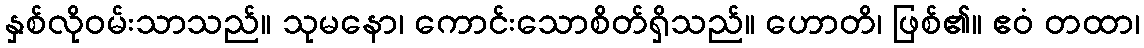
နှစ်လိုဝမ်းသာသည်။ သုမနော၊ ကောင်းသောစိတ်ရှိသည်။ ဟောတိ၊ ဖြစ်၏။ ဧဝံ တထာ၊